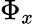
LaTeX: \Phi_{x}